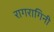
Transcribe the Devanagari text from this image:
रागरागिनी